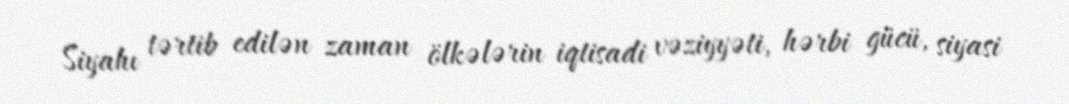
Siyahı tərtib edilən zaman ölkələrin iqtisadi vəziyyəti, hərbi gücü, siyasi